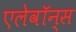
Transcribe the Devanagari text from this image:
एलेवॉन्स